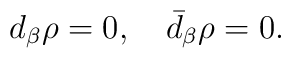
d_{\beta}\rho = 0, \quad \bar d_{\beta}\rho = 0.